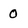
Character: 0